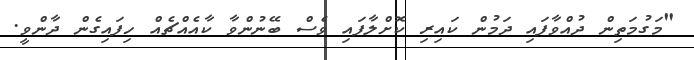
"މަގުމަތިން ދުއްވާފައި ދަމުން ކައިރި ކޮށްލާފައި ވެސް ބޭނުންވާ ކާއެއްޗެއް ހިފައިގެން ދާންވީ.